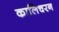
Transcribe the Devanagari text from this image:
कालिचरन